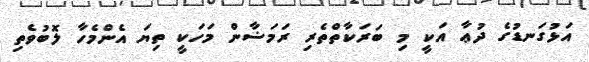
އަޅުގަނޑުގެ ދުޢާ އަކީ މި ބަރަކާތްތެރި ރަމަޟާން މަހަކީ ތިޔަ އެންމެހާ ލޮބުވެތި